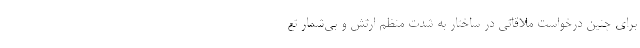
برای چنین درخواست ملاقاتی در ساختار به شدت منظم ارتش و بی‌شمار تع